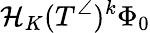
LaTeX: \mathcal{H}_{K}(T^{\angle})^{k}\Phi_{0}